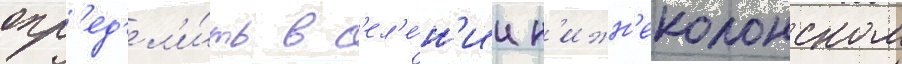
опр'ед'ел'и́ть в с'ел'е́н'ии н'ижн'еколонском